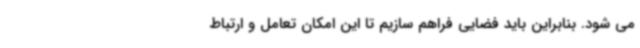
می شود. بنابراین باید فضایی فراهم سازیم تا این امکان تعامل و ارتباط